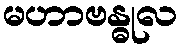
မဟာဗန္ဓုလ